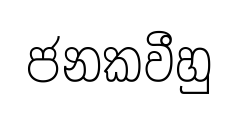
ජනකවීහු